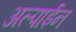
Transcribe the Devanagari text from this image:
अल्पाईन